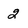
Character: 2